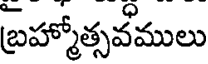
బ్రహ్మోత్సవములు